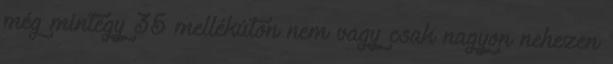
még mintegy 35 mellékúton nem vagy csak nagyon nehezen